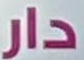
دار